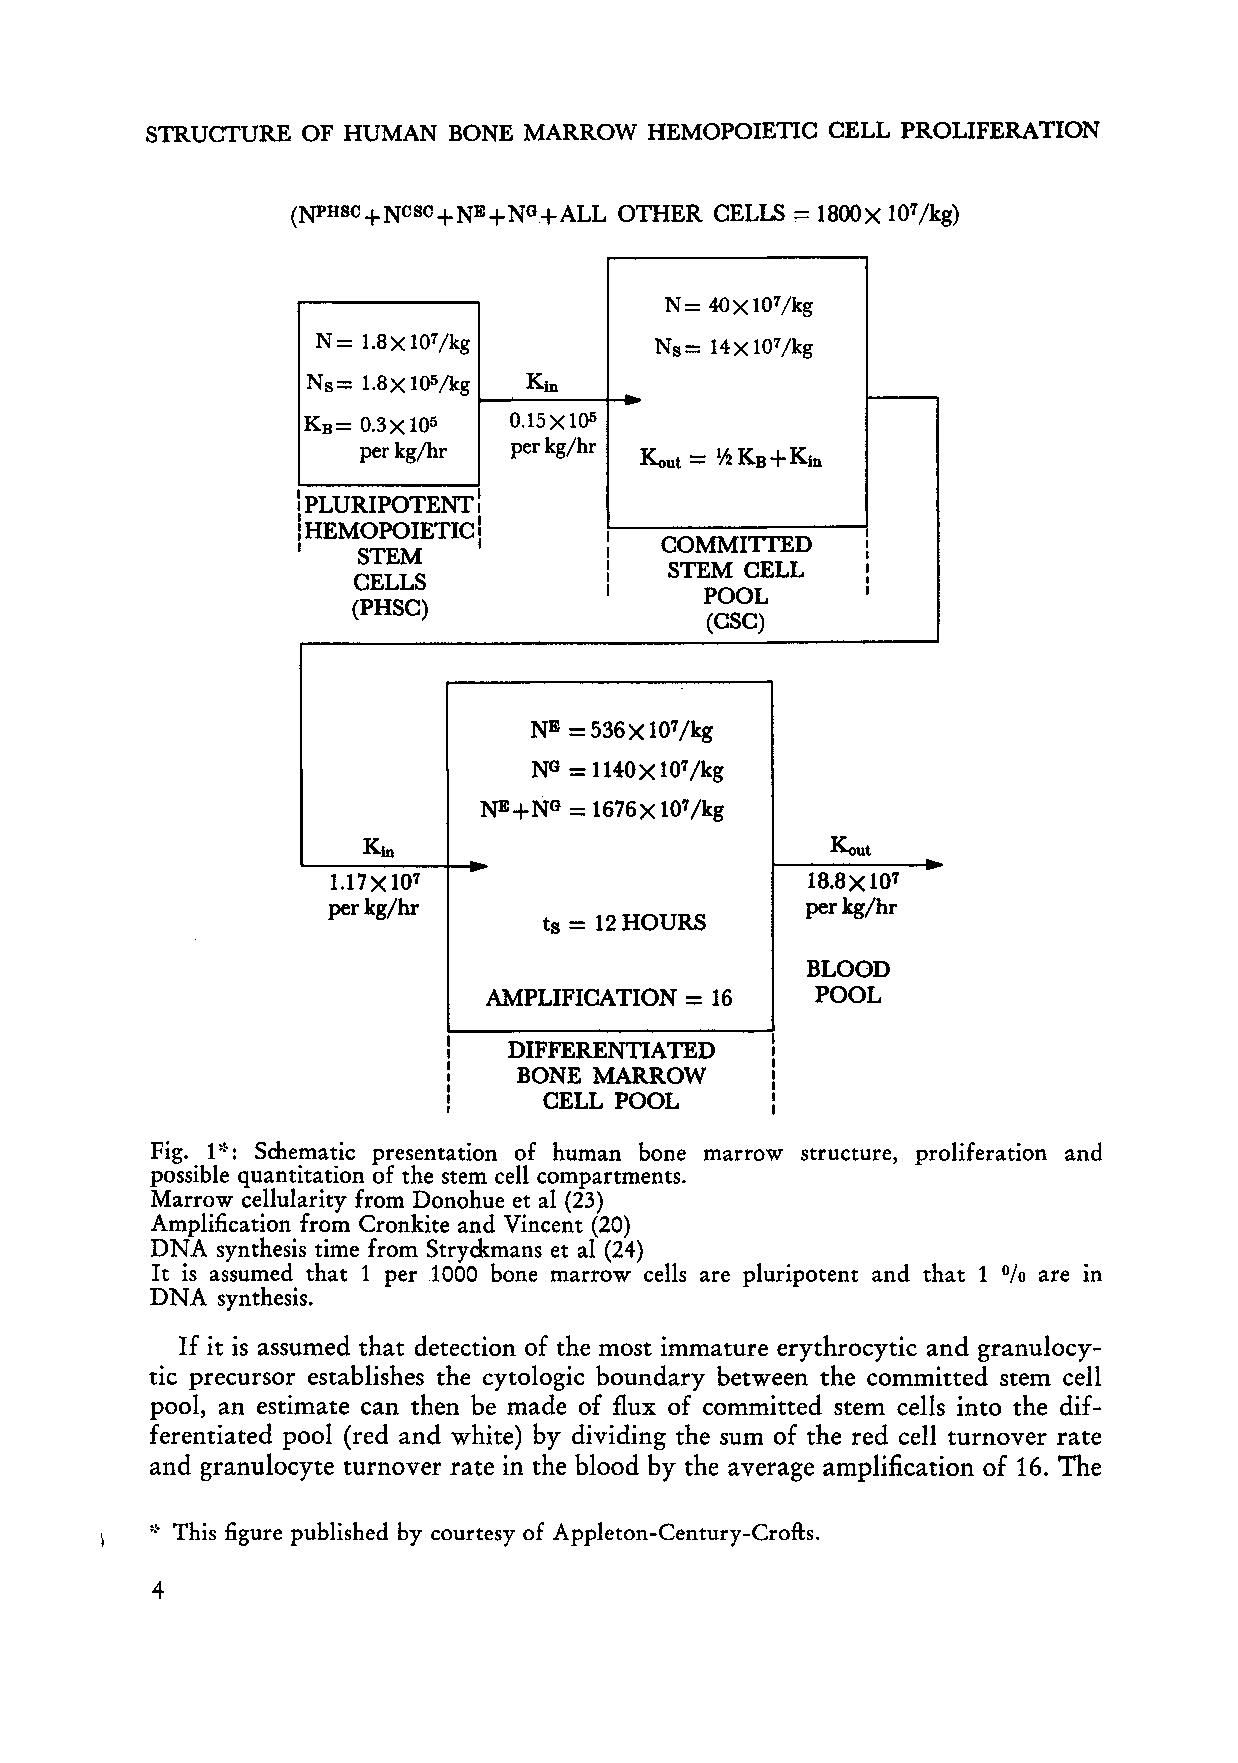
STRUCTURE OF HUMAN  BONE MARROW  HEMOPOIETIC CELL PROLIFERATION
 N= 40X107/kg
 N= 1.8XI07/kg         Ns= 14XI07 /kg
 Ns= 1.8X 105/kg Kin
 KB= 0.3X105   0.15 X 105
 perkg/hr  perkg/hr
 Kaut = ~ KB+Kin
 !
 PLURIPOTENT:
 I HEMOPOIETIC!
 I   STEM            I I COMMITIED    I I I
 I   STEM CELL    I
 CELLS           I                I
 I      POOL      I
 (PHSC)
 (CSC)
 NE =536X107/kg
 NO = 1140 X 107/kg
 NE+NO = 1676x107/kg
 Kin                            Kout
 1.17x 107 ~                     18.8XI07
 perkgjhr                       perkg/hr
 ts = 12 HOURS
 BLOOD
 AMPLIFICATION = 16    POOL
 DIFFERENTIATED
 BONE MARROW
 CELL POOL
 Fig. 1'~: Schematic presentation of human bone marrow structure, proliferation and
 possible quantitation of the stern cell compartments.
 Marrow cellularity from Donohue et al (23)
 Amplification from Cronkite and Vincent (20)
 DNA synthesis time from Stryckmans et al (24)
 It is assumed that 1 per 1000 bone marrow cells are pluripotent and that 1 are in
 %
 DNA  synthesis.
 If it is assumed that detection of the most immature erythrocytic and granulocy
 tic precursor establishes the cytologic boundary between the committed stern cell
 pool, an estimate can then be made of flux of committed stern cells into the dif
 ferentiated pool (red and white) by dividing the sum of the red cell turnover rate
 and granulocyte turnover rate in the blood by the average amplification of 16. The
 ,~ This figure published by courtesy of Appleton-Century-Crofts.
 4